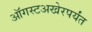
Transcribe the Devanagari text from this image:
ऑगस्टअखेरपर्यंत